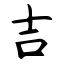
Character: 吉